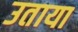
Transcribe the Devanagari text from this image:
उताया